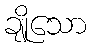
ချိုသော